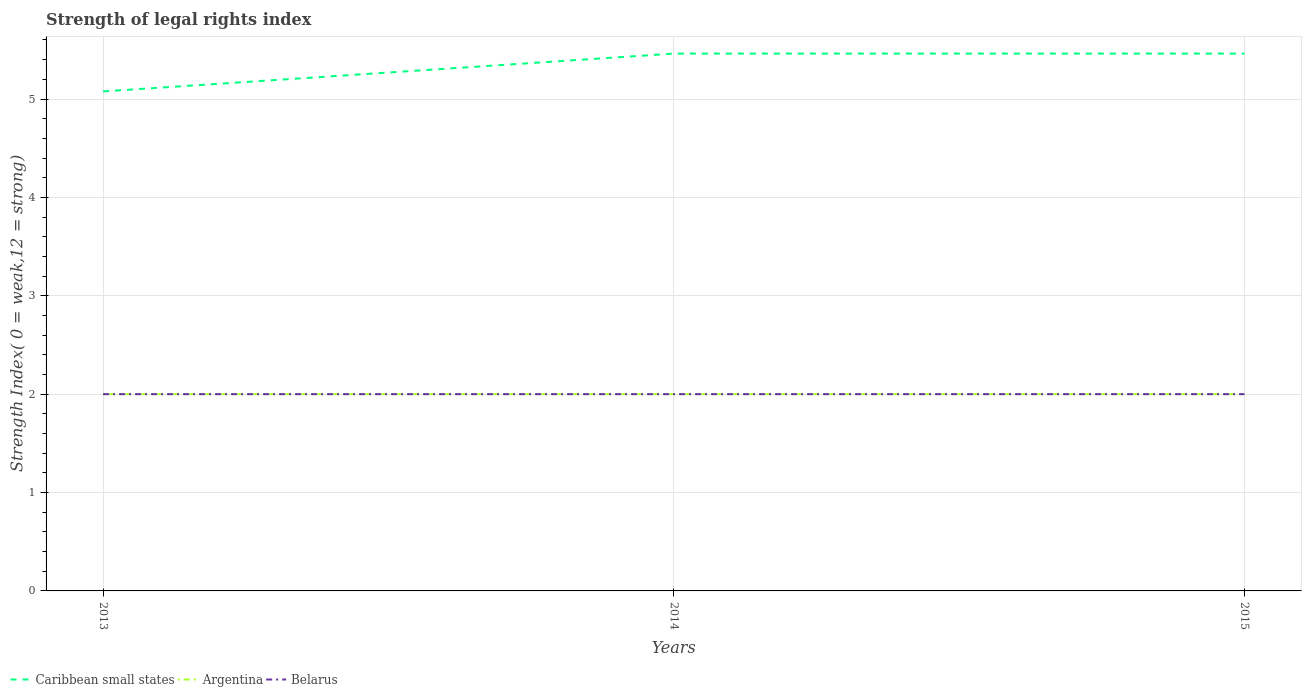
| Years | Caribbean small states | Argentina | Belarus |
 | --- | --- | --- | --- |
 | 2013 | 5.08 | 2 | 2 |
 | 2014 | 5.46 | 2 | 2 |
 | 2015 | 5.46 | 2 | 2 |